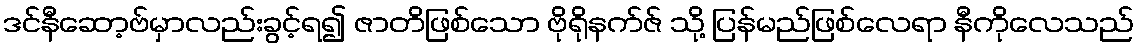
ဒင်နီဆော့ဗ်မှာလည်းခွင့်ရ၍ ဇာတိဖြစ်သော ဗိုရိုနက်ဇ် သို့ ပြန်မည်ဖြစ်လေရာ နီကိုလေသည်